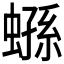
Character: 𧎤